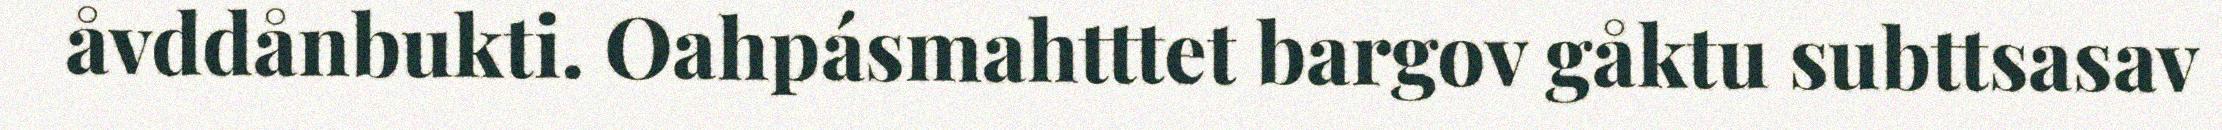
åvddånbukti. Oahpásmahtttet bargov gåktu subttsasav